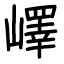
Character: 嶧